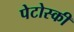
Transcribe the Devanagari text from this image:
पेटोस्की